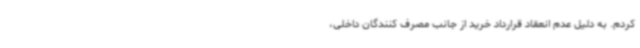
کردم. به دلیل عدم انعقاد قرارداد خرید از جانب مصرف کنندگان داخلی،